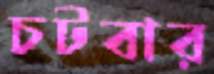
চটবার